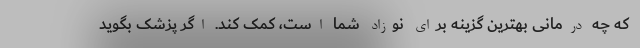
که چه درمانی بهترین گزینه برای نوزاد شما است، کمک کند. اگر پزشک بگوید